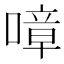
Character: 𠼀